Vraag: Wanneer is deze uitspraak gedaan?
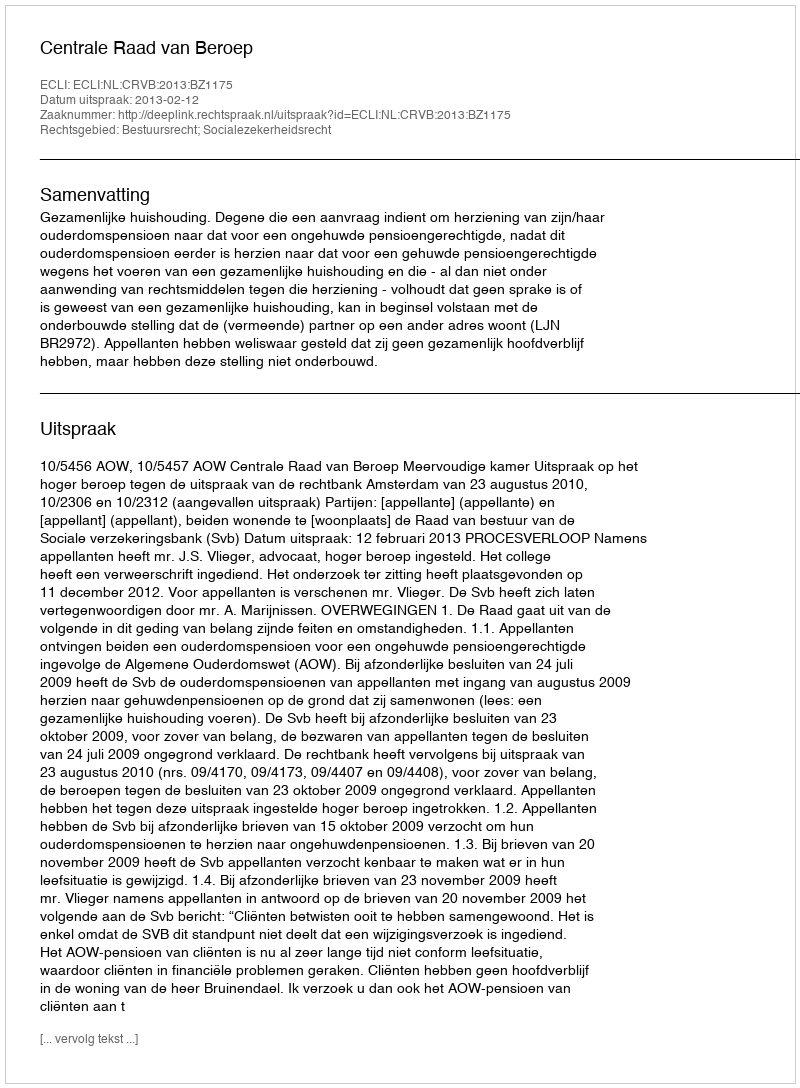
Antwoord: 2013-02-12